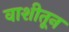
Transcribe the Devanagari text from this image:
वाशीतून